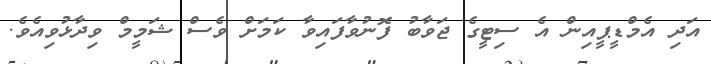
އަދި އެމްޑީޕީއިން އެ ސިޓީގެ ޖަވާބު ފޮނުވާފައިވާ ކަމަށް ވެސް ޝަމީމް ވިދާޅުވިއެވެ.